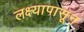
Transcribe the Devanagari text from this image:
लक्ष्यापासून